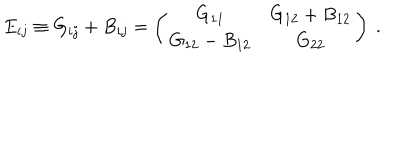
E _ { i j } \equiv G _ { i j } + B _ { i j } = \left( \begin{array} { c c } { { G _ { 1 1 } } } & { { G _ { 1 2 } + B _ { 1 2 } } } \\ { { G _ { 1 2 } - B _ { 1 2 } } } & { { G _ { 2 2 } } } \\ \end{array} \right) ~ .